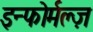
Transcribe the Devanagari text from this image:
इन्फोर्मल्ज़